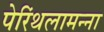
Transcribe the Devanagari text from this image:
पेरिंथलामन्ना